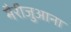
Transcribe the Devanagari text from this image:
मैरीजुआना